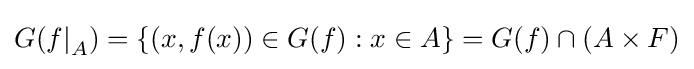
G({f|}_{A})=\{(x,f(x))\in G(f):x\in A\}=G(f)\cap (A\times F)